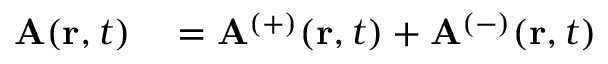
\begin{array} { r l } { \mathbf { A } ( \mathbf { r } , t ) } & { { } = \mathbf { A } _ { } ^ { ( + ) } ( \mathbf { r } , t ) + \mathbf { A } _ { } ^ { ( - ) } ( \mathbf { r } , t ) } \end{array}